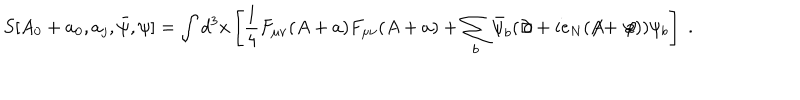
S [ A _ { 0 } + a _ { 0 } , a _ { j } , { \bar { \psi } } , \psi ] = \int d ^ { 3 } x \left[ \frac { 1 } { 4 } F _ { \mu \nu } ( A + a ) F _ { \mu \nu } ( A + a ) + \sum _ { b } { \bar { \psi } } _ { b } ( \not \! \partial + i e _ { N } ( \not \! \! A + \not \! a ) ) \psi _ { b } \right] \; .